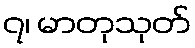
၇၊ မာတုသုတ်